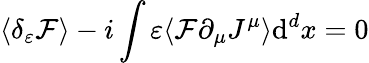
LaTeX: \langle\delta_{\varepsilon}{\mathcal{F}}\rangle-i\int\varepsilon\langle{\mathcal{F}}\partial_{\mu}J^{\mu}\rangle\mathrm{d}^{d}x=0